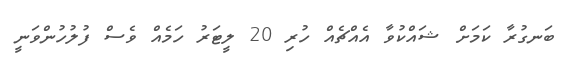
ބަނގުރާ ކަމަށް ޝައްކުވާ އެއްޗެއް ހުރި 20 ލީޓަރު ހަމެއް ވެސް ފުލުހުންވަނީ